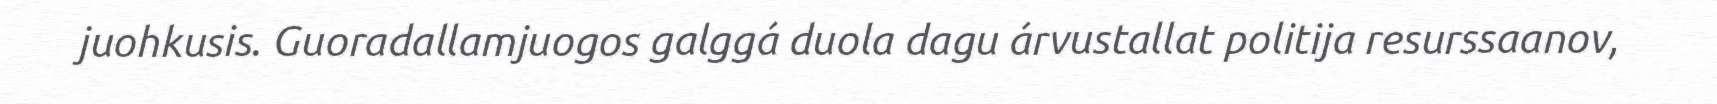
juohkusis. Guoradallamjuogos galggá duola dagu árvustallat politija resurssaanov,